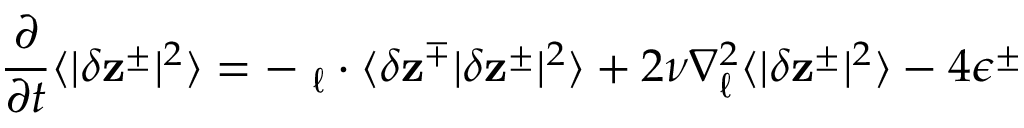
\frac { \partial } { \partial t } \langle | \delta \mathbf { z } ^ { \pm } | ^ { 2 } \rangle = - \mathbf { \nabla } _ { \boldsymbol { \ell } } \cdot \langle \delta \mathbf { z } ^ { \mp } | \delta \mathbf { z } ^ { \pm } | ^ { 2 } \rangle + 2 \nu \nabla _ { \boldsymbol { \ell } } ^ { 2 } \langle | \delta \mathbf { z } ^ { \pm } | ^ { 2 } \rangle - 4 \epsilon ^ { \pm }